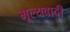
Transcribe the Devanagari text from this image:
मूल्यवादी